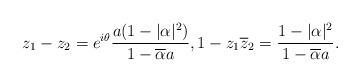
LaTeX: \begin{align*} z_1-z_2 = e^{i\theta}\frac{a(1-|\alpha|^2)}{1-\overline{\alpha}a}, 1-z_1\overline{z}_2 =\frac{1-|\alpha|^2}{1-\overline{\alpha}a}.\end{align*}